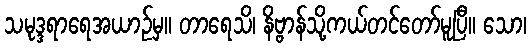
သမုဒ္ဒရာရေအယာဉ်မှ။ တာရေသိ၊ နိဗ္ဗာန်သို့ကယ်တင်တော်မူပြီ။ သော၊